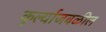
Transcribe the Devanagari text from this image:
कुर्ल्याजवळील